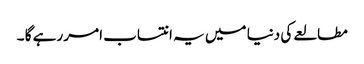
مطالعے کی دنیا میں یہ انتساب امر رہے گا ۔